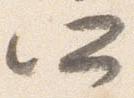
所